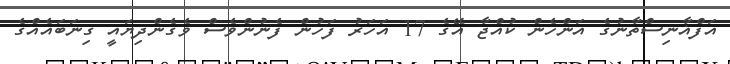
އަފްޣާނިސްތާނުގެ އަންހެން ކުއްޖާ އޭގެ 17 އަހަރު ފަހުން ފެނުންވެސް ވެގެންދިޔައީ ގިނަބައެއްގެ